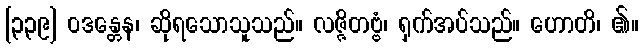
[၃၃၉] ဝဒန္တေန၊ ဆိုရသောသူသည်။ လဇ္ဇိတဗ္ဗံ၊ ရှက်အပ်သည်။ ဟောတိ၊ ၏။